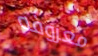
معروفه